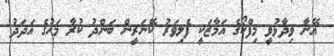
އޭނާ ވިދާޅުވީ މިފްކޯގެ އަމާޒަކީ ފެލިވަރު ކޭނަރީން ބަންދު ކުރާ މަހުގެ އަދަދު